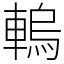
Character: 䡧